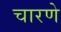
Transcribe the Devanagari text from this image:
चारणे